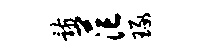
骸茫琢